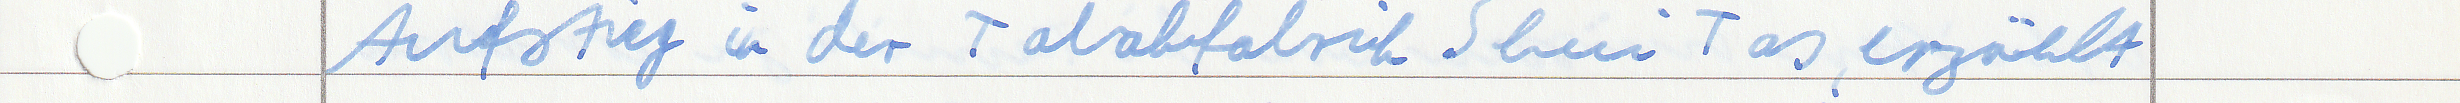
Aufstieg in der Tabakfabrik Shui Tas, erzählt